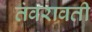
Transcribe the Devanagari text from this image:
तंवरावती